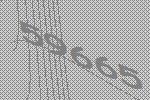
59665